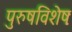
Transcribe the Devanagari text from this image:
पुरुषविशेषः